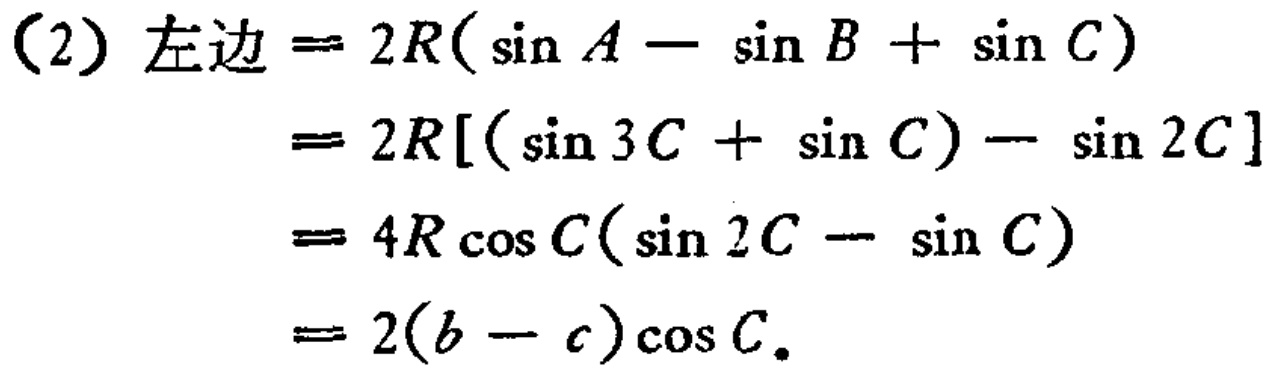
\[
\begin{align*}
(2)\text{左边}&= 2R(\sin A - \sin B + \sin C)\\
&= 2R[(\sin 3C + \sin C) - \sin 2C]\\
&= 4R\cos C(\sin 2C - \sin C)\\
&= 2(b - c)\cos C.
\end{align*}
\]